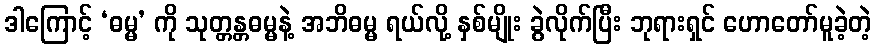
ဒါကြောင့် ‘ဓမ္မ’ ကို သုတ္တန္တဓမ္မနဲ့ အဘိဓမ္မ ရယ်လို့ နှစ်မျိုး ခွဲလိုက်ပြီး ဘုရားရှင် ဟောတော်မူခဲ့တဲ့